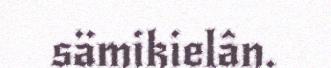
sämikielân.